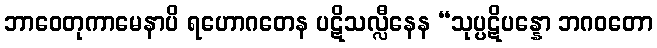
ဘာဝေတုကာမေနာပိ ရဟောဂတေန ပဋိသလ္လီနေန “သုပ္ပဋိပန္နော ဘဂဝတော